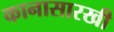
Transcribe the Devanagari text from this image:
कानासारखी